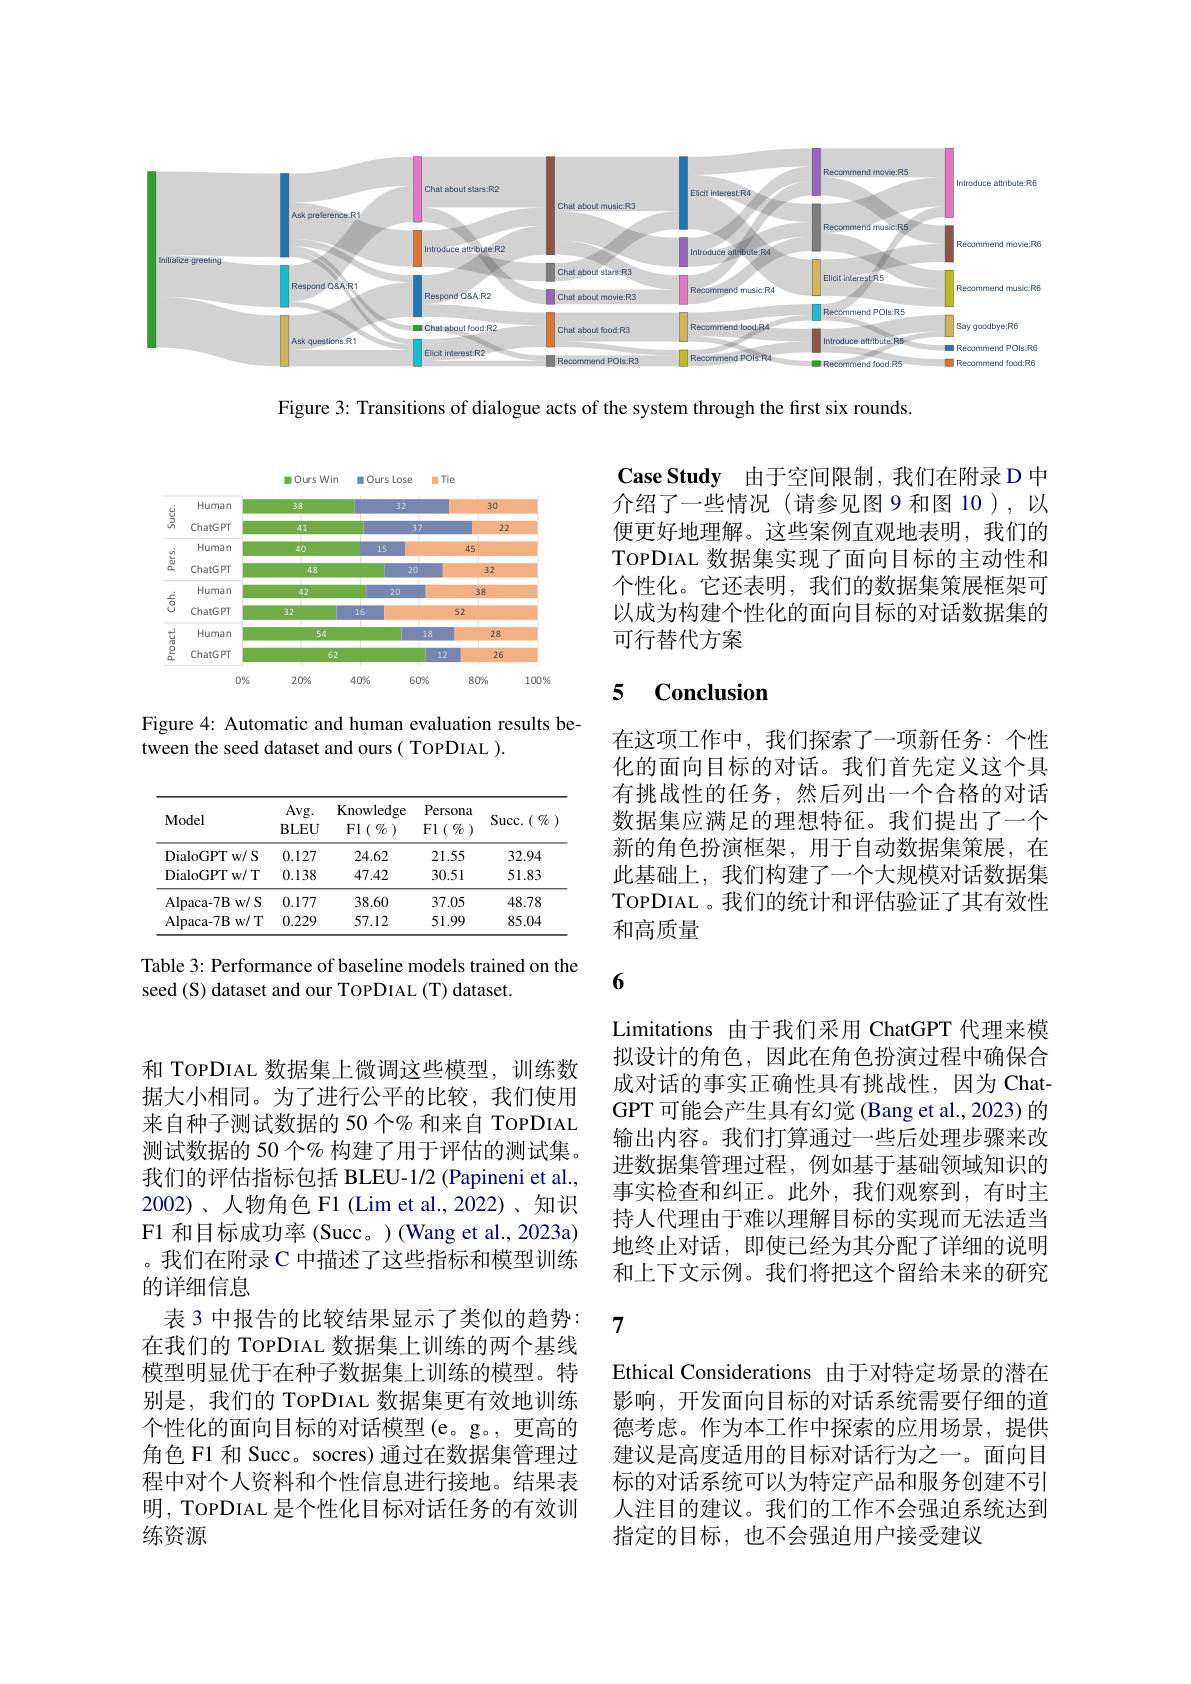
<FigureHere>

Figure 3: Transitions of dialogue acts of the system through the first six rounds

<FigureHere>

Figure 4: Automatic and human evaluation results be-
tween the seed dataset and ours( TOPDIAL ).

<table>
	<tbody>
		<tr>
			<th>Model</th>
			<th>Avg. $\mathbf{BLEU}$</th>
			<th>Knowledge $\operatorname{Fl}\left(\begin{array}{c}{\mathbb{O}}\end{array}\right)$</th>
			<th>Persona $\operatorname{Fl}\left(\begin{array}{c}{\mathbb{O}}\end{array}\right)$</th>
			<th>$\operatorname{Succ.}(\begin{array}{c}{{\mathbb{C}}}\\{{\mathbb{O}}}\end{array})$</th>
		</tr>
		<tr>
			<td>$w/S$ DialoGPT T</td>
			<td>0.127</td>
			<td>24.62</td>
			<td>21.55</td>
			<td>32.94</td>
		</tr>
		<tr>
			<td>DialoGPT $w/T$ T</td>
			<td>0.138</td>
			<td>47.42</td>
			<td>30.51</td>
			<td>51.83</td>
		</tr>
		<tr>
			<td>Alpaca- 7Bw/ S 1 R</td>
			<td>0.177</td>
			<td>38.60</td>
			<td>37.05</td>
			<td>48.78</td>
		</tr>
		<tr>
			<td>$w/T$ Alpaca- 7B</td>
			<td>0.229</td>
			<td>57.12</td>
			<td>51.99</td>
			<td>85.04</td>
		</tr>
	</tbody>
</table>

Table 3: Performance of baseline models trained on the
seed (S) dataset and our TOPDIAL (T) dataset.

和 ToPDIAL 数据集上微调这些模型，训练数据大小相同。为了进行公平的比较，我们使用来自种子测试数据的 50 个% 和来自 TOPDIAL 测试数据的 50 个% 构建了用于评估的测试集。我们的评估指标包括 BLEU-1/2 (Papineni et al., 2002)、人物角色 F1 (Lim et al.,2022)、知识F1 和目标成功率 (Succ。) (Wang et al.,2023a) 。我们在附录 C 中描述了这些指标和模型训练的详细信息
表 3 中报告的比较结果显示了类似的趋势： 在我们的 TOPDIAL 数据集上训练的两个基线模型明显优于在种子数据集上训练的模型。特别是，我们的 ToPDIAL 数据集更有效地训练个性化的面向目标的对话模型(e。g。, 更高的角色 F1 和 Succ。socres) 通过在数据集管理过程中对个人资料和个性信息进行接地。结果表明，TOPDIAL 是个性化目标对话任务的有效训练资源

Case Study 由于空间限制，我们在附录 D 中介绍了一些情况(请参见图 9 和图 10 ),以便更好地理解。这些案例直观地表明，我们的TopDIAL 数据集实现了面向目标的主动性和个性化。它还表明，我们的数据集策展框架可以成为构建个性化的面向目标的对话数据集的可行替代方案

### 5 $\mathbf{Conclusion}$

在这项工作中，我们探索了一项新任务：个性化的面向目标的对话。我们首先定义这个具有挑战性的任务，然后列出一个合格的对话数据集应满足的理想特征。我们提出了一个新的角色扮演框架，用于自动数据集策展，在此基础上，我们构建了一个大规模对话数据集TOPDIAL 。我们的统计和评估验证了其有效性和高质量

6

Limitations 由于我们采用 ChatGPT 代理来模拟设计的角色，因此在角色扮演过程中确保合成对话的事实正确性具有挑战性，因为 ChatGPT 可能会产生具有幻觉 (Bang et al.,2023) 的输出内容。我们打算通过一些后处理步骤来改进数据集管理过程，例如基于基础领域知识的事实检查和纠正。此外，我们观察到，有时主持人代理由于难以理解目标的实现而无法适当地终止对话，即使已经为其分配了详细的说明和上下文示例。我们将把这个留给未来的研究

7

Ethical Considerations 由于对特定场景的潜在影响，开发面向目标的对话系统需要仔细的道德考虑。作为本工作中探索的应用场景，提供建议是高度适用的目标对话行为之一。面向目标的对话系统可以为特定产品和服务创建不引人注目的建议。我们的工作不会强迫系统达到指定的目标，也不会强迫用户接受建议